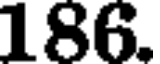
186.